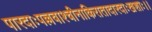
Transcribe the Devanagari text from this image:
पारदाःपल्लवाश्चीनाकिरातादारदाःखशाः।।